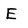
Character: E